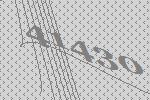
41430